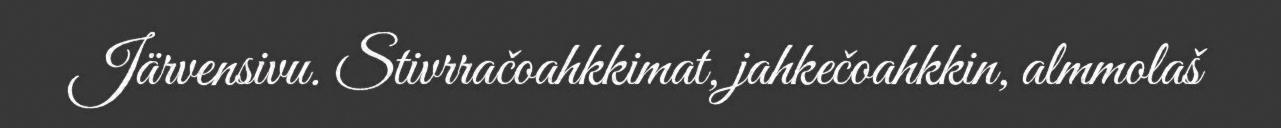
Järvensivu. Stivrračoahkkimat, jahkečoahkkin, almmolaš